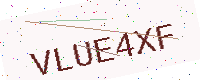
Text: VLUE4XF